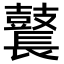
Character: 鼚